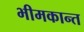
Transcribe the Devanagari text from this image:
भीमकान्त